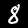
Label: 8